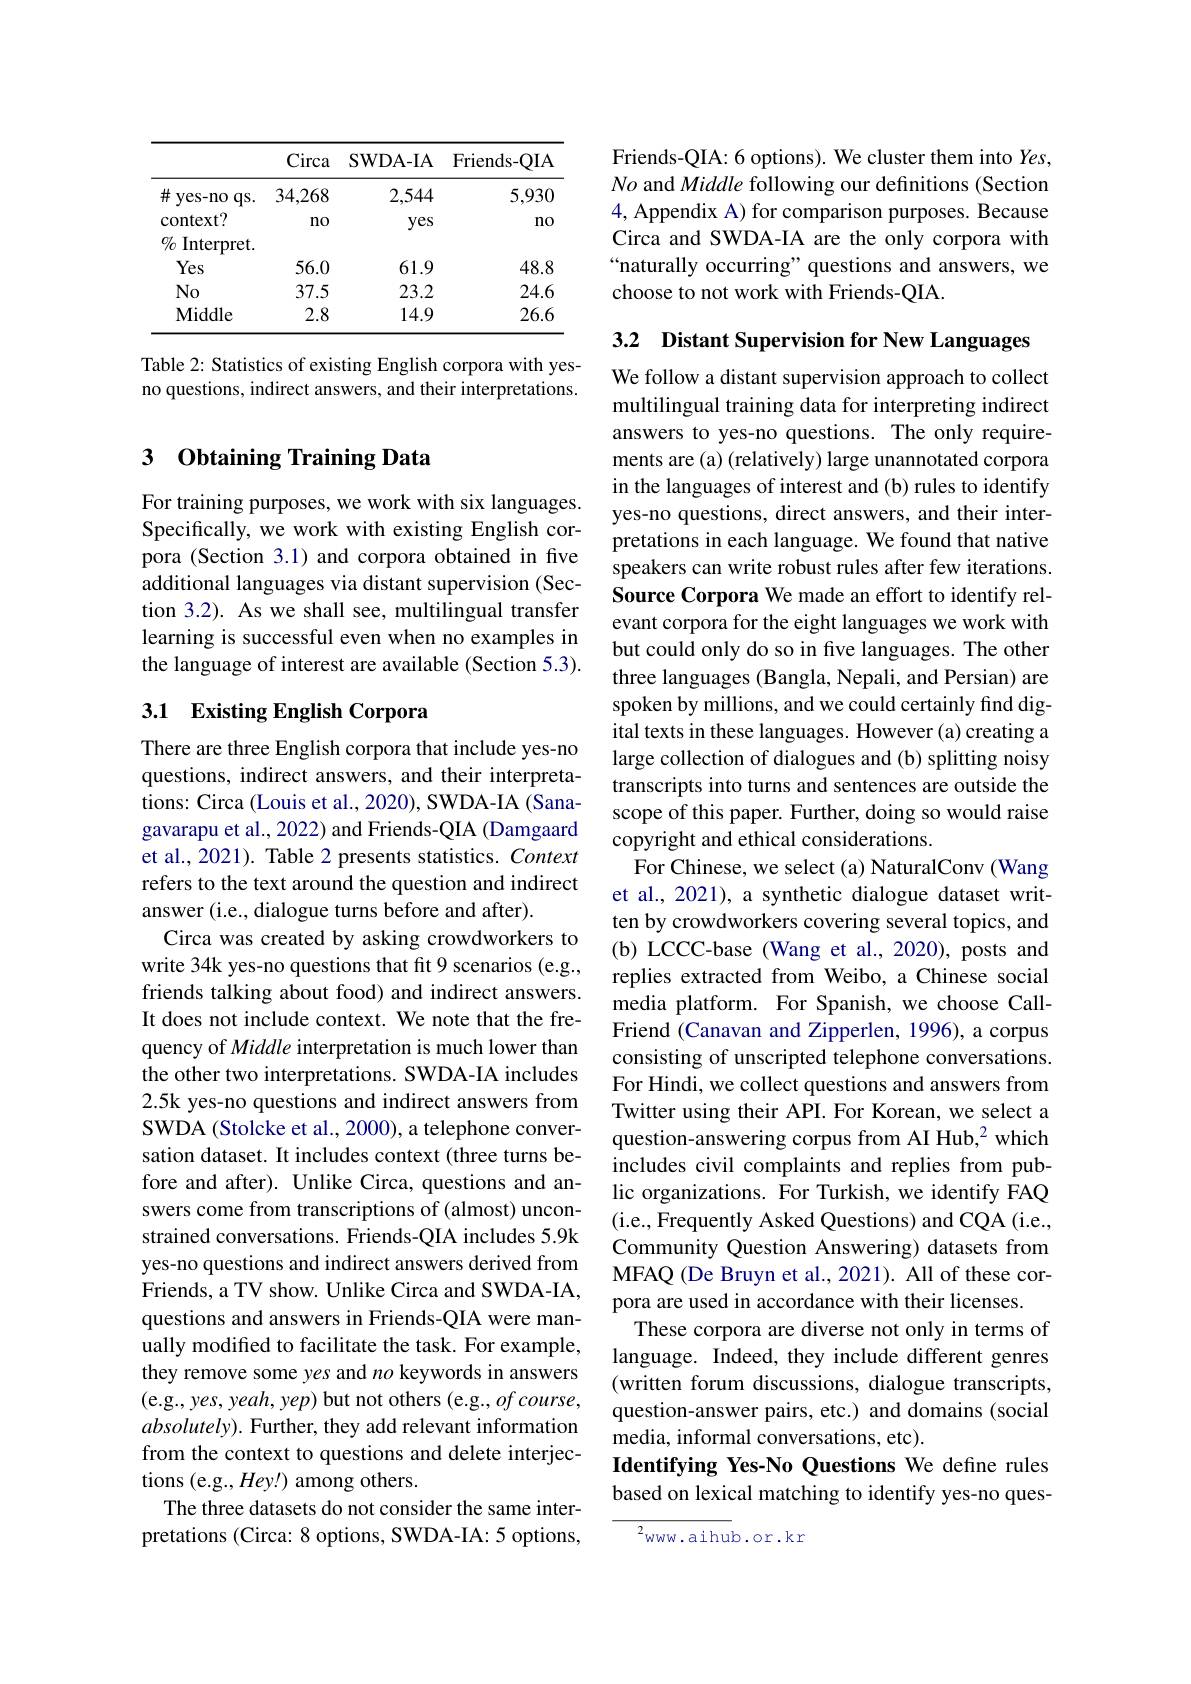
<table>
	<tbody>
		<tr>
			<th> </th>
			<th>Circa</th>
			<th>SWDA- IA</th>
			<th>Friends-QIA</th>
		</tr>
		<tr>
			<td>井 yes-no $qs.$</td>
			<td>34,268</td>
			<td>2,544</td>
			<td>5,930</td>
		</tr>
		<tr>
			<td>context?</td>
			<td>$n0$</td>
			<td>yes</td>
			<td>$n0$</td>
		</tr>
		<tr>
			<td>$O/_{0}$ Interpret.</td>
			<td> </td>
			<td> </td>
			<td> </td>
		</tr>
		<tr>
			<td>Yes</td>
			<td>56.0</td>
			<td>61.9</td>
			<td>48.8</td>
		</tr>
		<tr>
			<td>$No$</td>
			<td>37.5</td>
			<td>23.2</td>
			<td>24.6</td>
		</tr>
		<tr>
			<td>Middle</td>
			<td>2.8</td>
			<td>14.9</td>
			<td>26.6</td>
		</tr>
	</tbody>
</table>

Table 2: Statistics of existing English corpora with yesno questions, indirect answers, and their interpretations.

### 3 $\textbf{Obtaining Training Data}$

For training purposes, we work with six languages. Specifically, we work with existing English corpora (Section 3.1) and corpora obtained in five additional languages via distant supervision (Section 3.2). As we shall see, multilingual transfer learning is successful even when no examples in the language of interest are available (Section 5.3).

## 3.1 Existing English Corpora

There are three English corpora that include yes-no questions, indirect answers, and their interpretations: Circa (Louis et al., 2020), SWDA-IA (Sanagavarapu et al., 2022) and Friends-QIA (Damgaard et al., 2021). Table 2 presents statistics. Context refers to the text around the question and indirect answer (i.e., dialogue turns before and after).
Circa was created by asking crowdworkers to write 34k yes-no questions that fit 9 scenarios (e.g., friends talking about food) and indirect answers. It does not include context. We note that the frequency of Middle interpretation is much lower than the other two interpretations. SWDA-IA includes 2.5k yes-no questions and indirect answers from SWDA (Stolcke et al., 2000), a telephone conversation dataset. It includes context (three turns before and after). Unlike Circa, questions and answers come from transcriptions of (almost) unconstrained conversations. Friends-QIA includes 5.9k yes-no questions and indirect answers derived from Friends, a TV show. Unlike Circa and SWDA-IA, questions and answers in Friends-QIA were manually modified to facilitate the task. For example, they remove some yes and $no$ keywords in answers (e.g., yes, yeah, yep) but not others (e.g., of course, $absolutely).$ Further, they add relevant information from the context to questions and delete interjections (e.g., Hey!) among others.
The three datasets do not consider the same interpretations (Circa: 8 options, SWDA-IA: 5 options,

Friends-QIA: 6 options). We cluster them into Yes, No and Middle following our definitions (Section 4, Appendix A) for comparison purposes. Because Circa and SWDA-IA are the only corpora with “naturally occurring” questions and answers, we choose to not work with Friends-QIA.

3.2 Distant Supervision for New Languages

We follow a distant supervision approach to collect multilingual training data for interpreting indirect answers to yes-no questions. The only requirements are (a) (relatively) large unannotated corpora in the languages of interest and (b) rules to identify yes-no questions, direct answers, and their interpretations in each language. We found that native speakers can write robust rules after few iterations. Source Corpora We made an effort to identify relevant corpora for the eight languages we work with but could only do so in five languages. The other three languages (Bangla, Nepali, and Persian) are spoken by millions, and we could certainly find digital texts in these languages. However (a) creating a large collection of dialogues and (b) splitting noisy transcripts into turns and sentences are outside the scope of this paper. Further, doing so would raise copyright and ethical considerations.
For Chinese, we select (a) NaturalConv (Wang et al., 2021), a synthetic dialogue dataset written by crowdworkers covering several topics, and (b) LCCC-base (Wang et al., 2020), posts and replies extracted from Weibo, a Chinese social media platform. For Spanish, we choose CallFriend (Canavan and Zipperlen, 1996), a corpus consisting of unscripted telephone conversations. For Hindi, we collect questions and answers from Twitter using their API. For Korean, we select a question-answering corpus from AI Hub,$^2$ which includes civil complaints and replies from public organizations. For Turkish, we identify FAQ (i.e., Frequently Asked Questions) and CQA (i.e., Community Question Answering) datasets from MFAQ (De Bruyn et al., 2021). All of these corpora are used in accordance with their licenses.
These corpora are diverse not only in terms of language. Indeed, they include different genres (written forum discussions, dialogue transcripts, question-answer pairs, etc.) and domains (social media, informal conversations, etc).
Identifying Yes-No Questions We define rules based on lexical matching to identify yes-no ques-
$^{2}$www.aihub.or.kr